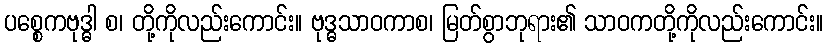
ပစ္စေကဗုဒ္ဓါ စ၊ တို့ကိုလည်းကောင်း။ ဗုဒ္ဓသာဝကာစ၊ မြတ်စွာဘုရား၏ သာဝကတို့ကိုလည်းကောင်း။